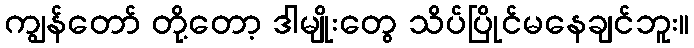
ကျွန်တော် တို့တော့ ဒါမျိုးတွေ သိပ်ပြိုင်မနေချင်ဘူး။